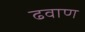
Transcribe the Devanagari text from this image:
ढवाण